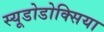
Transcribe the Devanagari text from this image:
स्यूडोडोक्सिया